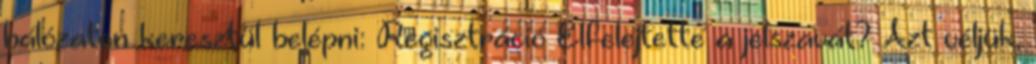
hálózaton keresztül belépni: Regisztráció Elfelejtette a jelszavát? Azt véljük,